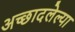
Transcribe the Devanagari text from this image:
अच्छादलेल्या